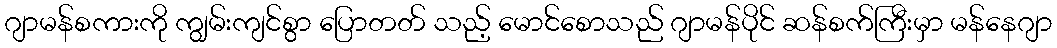
ဂျာမန်စကားကို ကျွမ်းကျင်စွာ ပြောတတ် သည့် မောင်စောသည် ဂျာမန်ပိုင် ဆန်စက်ကြီးမှာ မန်နေဂျာ